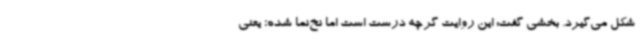
شکل می‌گیرد. بخشی گفت: این روایت گرچه درست است اما نخ‌نما شده؛ یعنی